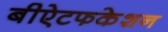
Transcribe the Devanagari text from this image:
बीऐटफकेशन